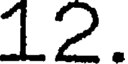
12.